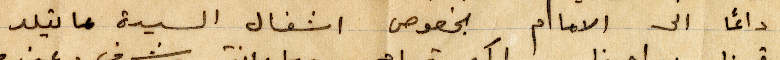
دائمًا الى الاما بخصوص اشغال السيدة ماتيلد